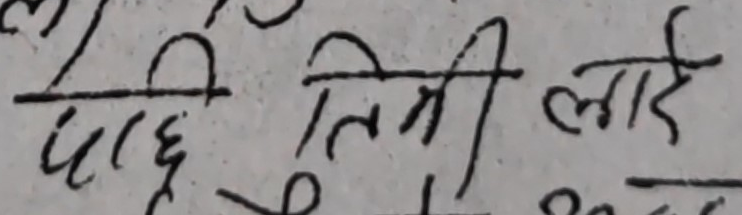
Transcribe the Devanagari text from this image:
घेरि तिमी लाई